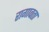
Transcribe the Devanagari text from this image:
रागावता